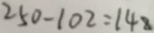
2 5 0 - 1 0 2 = 1 4 8